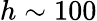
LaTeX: h\sim 100